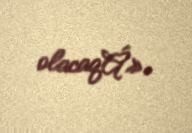
olacaqÂ».